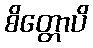
စိတ္တောပိ